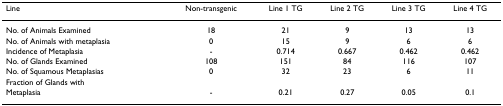
| Line | Non-transgenic | Line 1 TG | Line 2 TG | Line 3 TG | Line 4 TG |
 | --- | --- | --- | --- | --- | --- |
 | No. of Animals Examined | 18 | 21 | 9 | 13 | 13 |
 | No. of Animals with metaplasia | 0 | 15 | 9 | 6 | 6 |
 | Incidence of Metaplasia | - | 0.714 | 0.667 | 0.462 | 0.462 |
 | No. of Glands Examined | 108 | 151 | 84 | 116 | 107 |
 | No. of Squamous Metaplasias | 0 | 32 | 23 | 6 | 11 |
 | Fraction of Glands with |  |  |  |  |  |
 | Metaplasia | - | 0.21 | 0.27 | 0.05 | 0.1 |